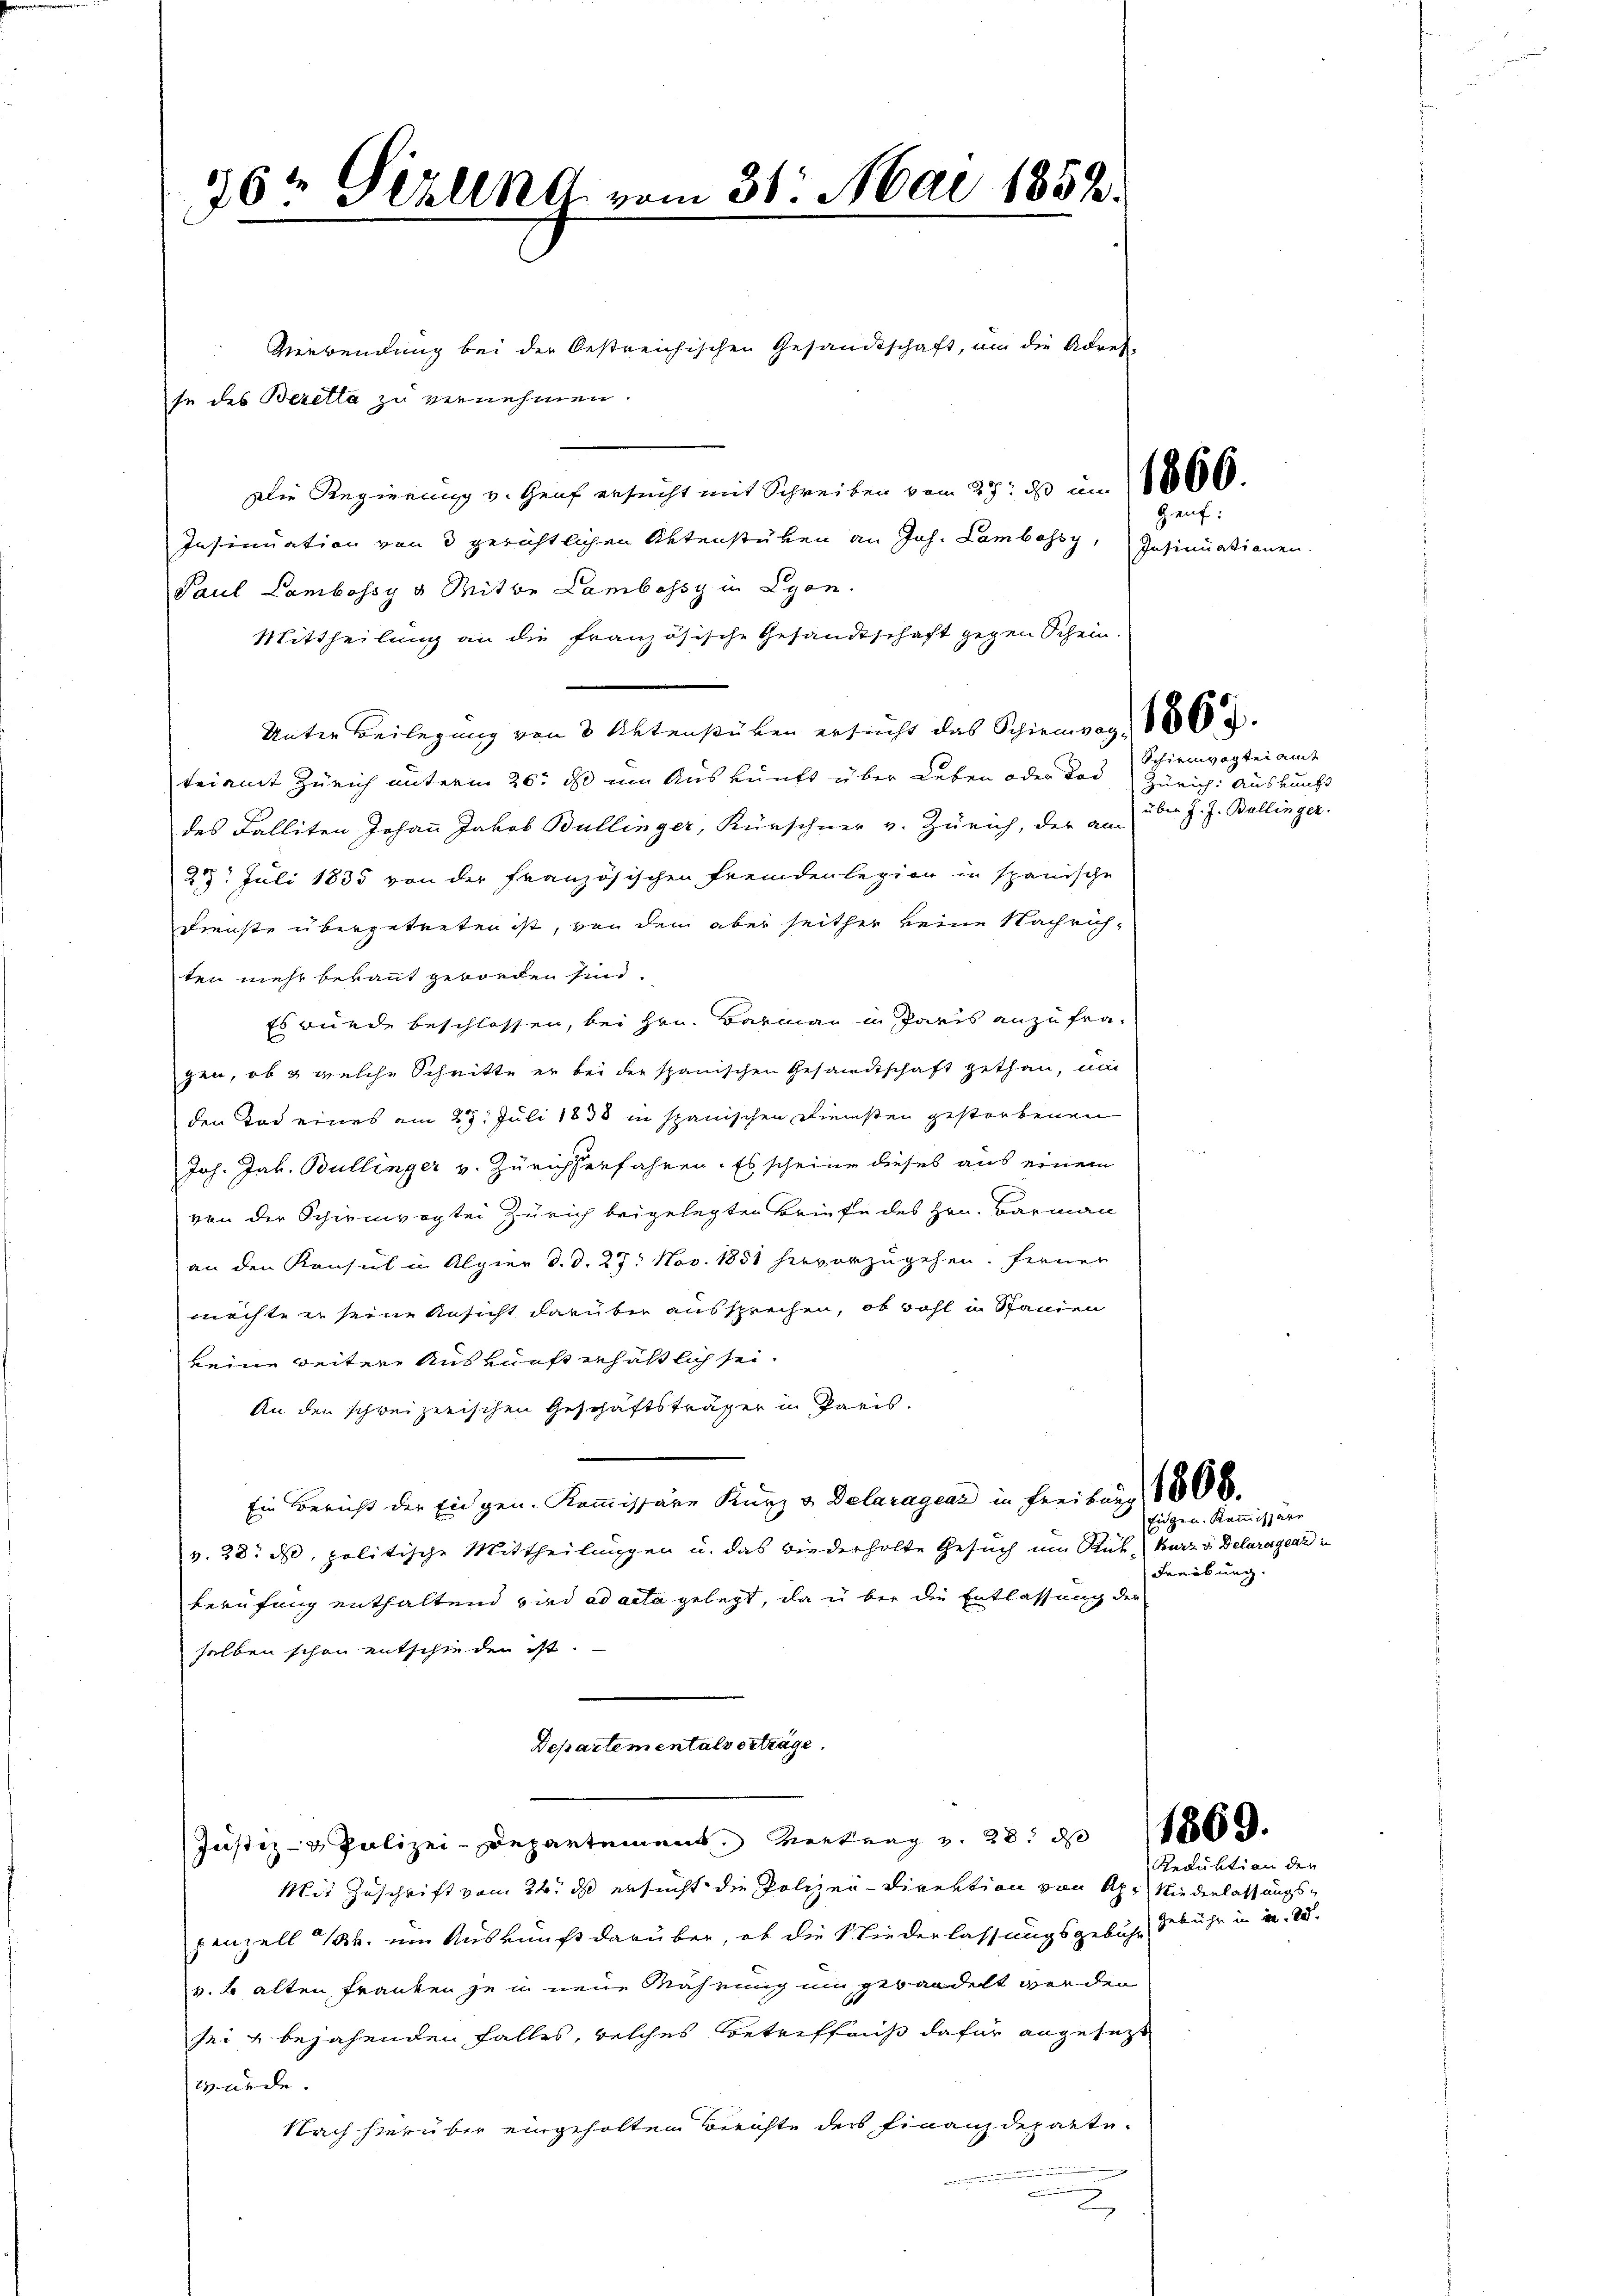
76 Pizlena vom 31. Mai 1858.
Verwendung bei der Oestreichischen Gesandtschaft, um die Adres-
se des Beretta zu vernehmen

Die Regierung v. Genf ersucht mit Schreiben vom 27. 380000
Insinuation von 3 gerichtlichen Aktenstüken an Joh. Lambassi,
Paul Lambossy v. Mitte Lambassy in Lyon.
Mittheilung an die französische Gesandtschaft gegen Schein.
Unter Beilegung von 3 Aktenstüken ersucht das Schienweg, 1863.
teiamt Zürich unterm 26. ds um Auskunft über Leben oder das Zürich. Auskunft
des Falliten Johann Jakob Bullinger, Kürschner v. Zürich, der am
23. Juli 1835 von der französischen Fremdenlegion in spanische
Dienste übergetreten ist, von dem aber seither keine Nachrich-
ten mehr bekannt geworden sind.
Es wurde beschlossen, bei Hrn. Barmann in Paris anzufragen, ob & welche Schritte er bei der spanischen Gesandtschaft gethan, um
den Tod eines am 27. Juli 1838 in spanischen Diensten gestorbenen
Joh. Jak. Bullinger v. Zürichterfahren. Es scheine dieses aus einem
von der Schirmvogtei Zürich beigelegten Briefe des Hrn. Barmann
an den Konsul in Alpier d. d. 27. Nov. 1851 hervorzugehen. Ferner
möchte er seine Ansicht darüber aussprechen, ob wohl in Stanien
keine weitere Auskunft erhältlich sei.
An den schweizerischen Geschäftsträger in Paris.
Ein Bericht der Eidgen. Kommissäre Kurz v. Delaragrar in Freiburg 1806.
v. 28. ds, politische Mittheilungen u. das wiederholte Gesuch um Rüh kurz v. Delaragrar in
Berufung enthaltend sind ad acta gelegt, da u. bei die Entlassung der
selben schon entschieden ist.
Departementalverträge.
Justiz- & Polizei-Departement Vertrag v. 28. d. 1809.
Mit Zuschrift vom 24. ds ersucht die Polizei-Direktion von Ah. Niederlassungspenzell 1. um Auskunft darüber, ob die Niederlassungsgebühr Gebühr in u. 28.
v. b. alten Franken je in neue Währung um gewandelt werden
sei & bejahenden Falles, welches Betreffniß dafür angesetzt
würde.
Nach hierüber eingeholten Berichte der Finanzdeparted

Gauf:
Insinuationen

Schirmvogtei amt
über J. J. Ballinger.

Eidgen. Kommissäre
Freiburg.

Reduktion der